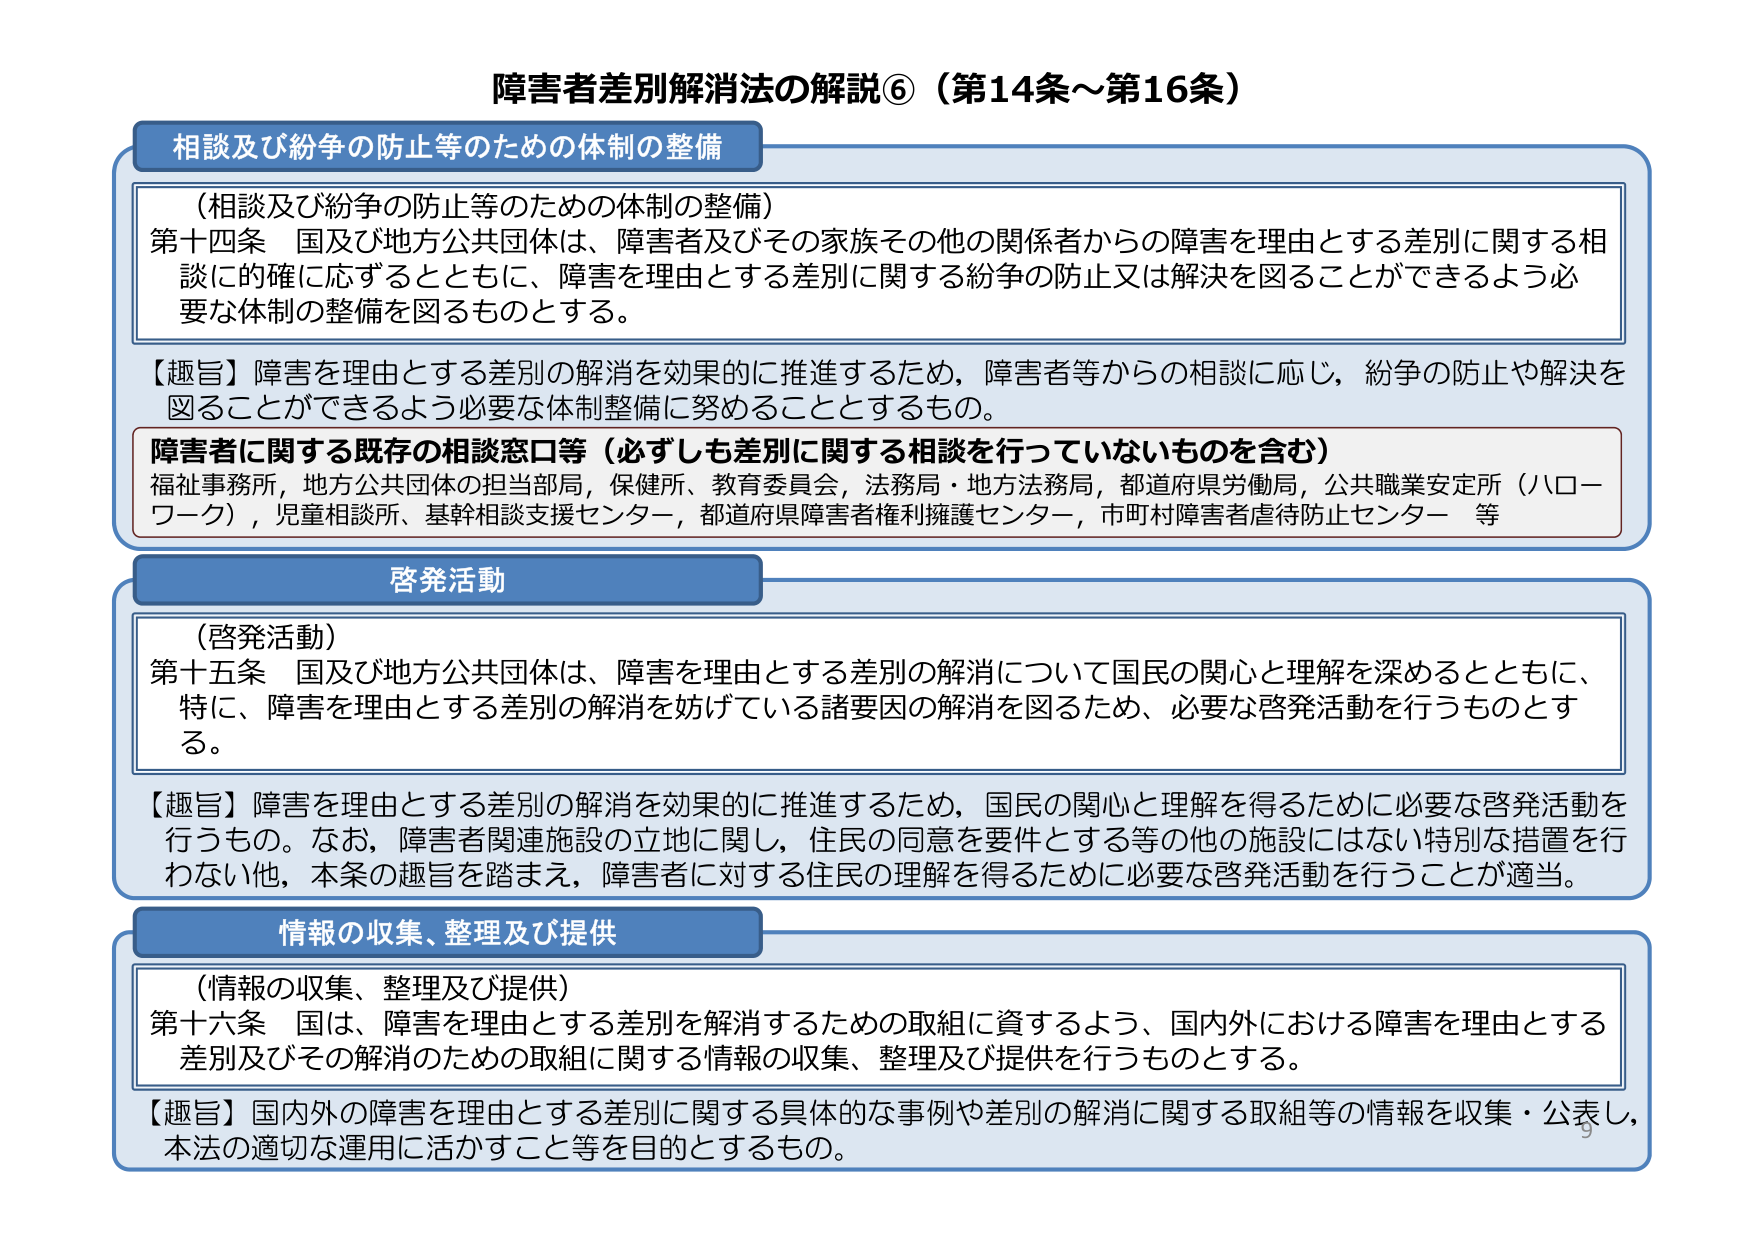
障害者差別解消法の解説⑥（第14条～第16条）

相談及び紛争の防止等のための体制の整備

（相談及び紛争の防止等のための体制の整備）
第十四条　国及び地方公共団体は、障害者及びその家族その他 の関係者からの障害を理由とする差別に関する相談に的確に応ずるとともに、障害を理由とする差別に関する紛争の防止又は解決を図ることができるよう必要な体制の整備を図るものとする。

【趣旨】障害を理由とする差別の解消を効果的に推進するため、障害者等からの相談に応じ、紛争の防止や解決を図ることができるよう必要な体制整備に努めることとするもの。

障害者に関する既存の相談窓口等（必ずしも差別に関する相談を行っていないものを含む）
福祉事務所，地方公共団体の担当部局，保健所，教育委員会，法務局・地方法務局，都道府県労働局，公共職業安定所（ハローワーク），児童相談所，基幹相談支援センター，都道府県障害者権利擁護センター，市町村障害者虐待防止センター　等

啓発活動

（啓発活動）
第十五条　国及び地方公共団体は、障害を理由とする差別の解消について国民の関心と理解を深めるとともに、特に、障害を理由とする差別の解消を妨げている諸要因の解消を図るため、必要な啓発活動を行うものとする。

【趣旨】障害を理由とする差別の解消を効果的に推進するため、国民の関心と理解を得るために必要な啓発活動を行うもの。なお、障害者関連施設の立地に関し、住民の同意を要件とする等の他の施設にはない特別な措置を行わない他、本条の趣旨を踏まえ、障害者に対する住民の理解を得るために必要な啓発活動を行うことが適当。

情報の収集、整理及び提供

（情報の収集、整理及び提供）
第十六条　国は、障害を理由とする差別を解消するための取組に資するよう、国内外における障害を理由とする差別及びその解消のための取組に関する情報の収集、整理及び提供を行うものとする。

【趣旨】国内外の障害を理由とする差別に関する具体的な事例や差別の解消に関する取組等の情報を収集・公表し、本法の適切な運用に活かすこと等を目的とするもの。

9